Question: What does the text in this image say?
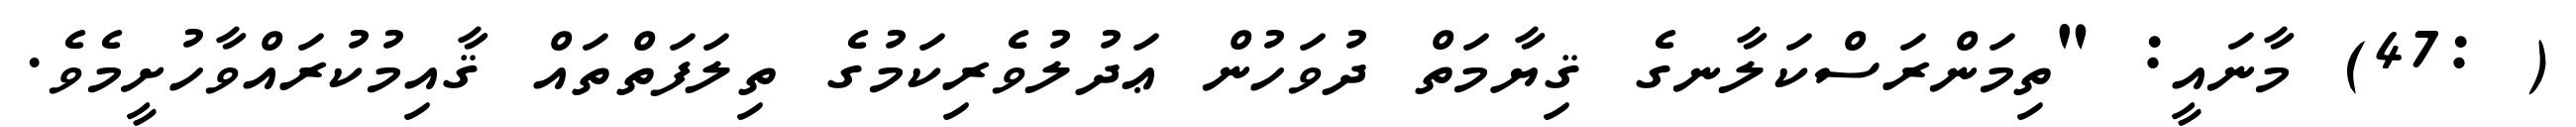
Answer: ( :47) މާނައީ: "ތިމަންރަސްކަލާނގެ ޤިޔާމަތް ދުވަހުން ޢަދުލުވެރިކަމުގެ ތިލަފަތްތައް ޤާއިމުކުރައްވާހުށީމެވެ.